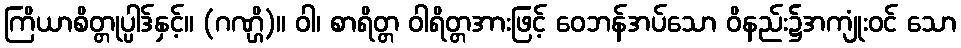
ကြိယာစိတ္တုပ္ပါဒ်နှင့်။ (ဂဏ္ဌိ)။ ဝါ၊ စာရိတ္တ ဝါရိတ္တအားဖြင့် ဝေဘန်အပ်သော ဝိနည်း၌အကျုံးဝင် သော